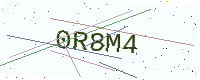
Text: 0R8M4